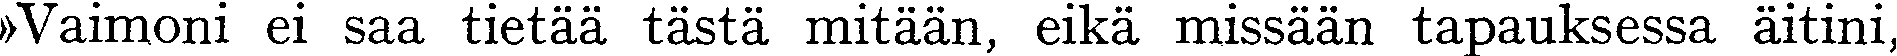
Vaimoni ei saa tietää tästä mitään, eikä missään tapauksessa äitini,